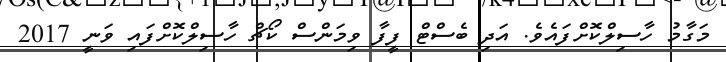
މަގާމު ހާސިލްކޮށްފައެވެ. އަދި ބެސްޓް ފީފާ ވިމަންސް ކޯޗް ހާސިލްކޮށްފައި ވަނީ 2017